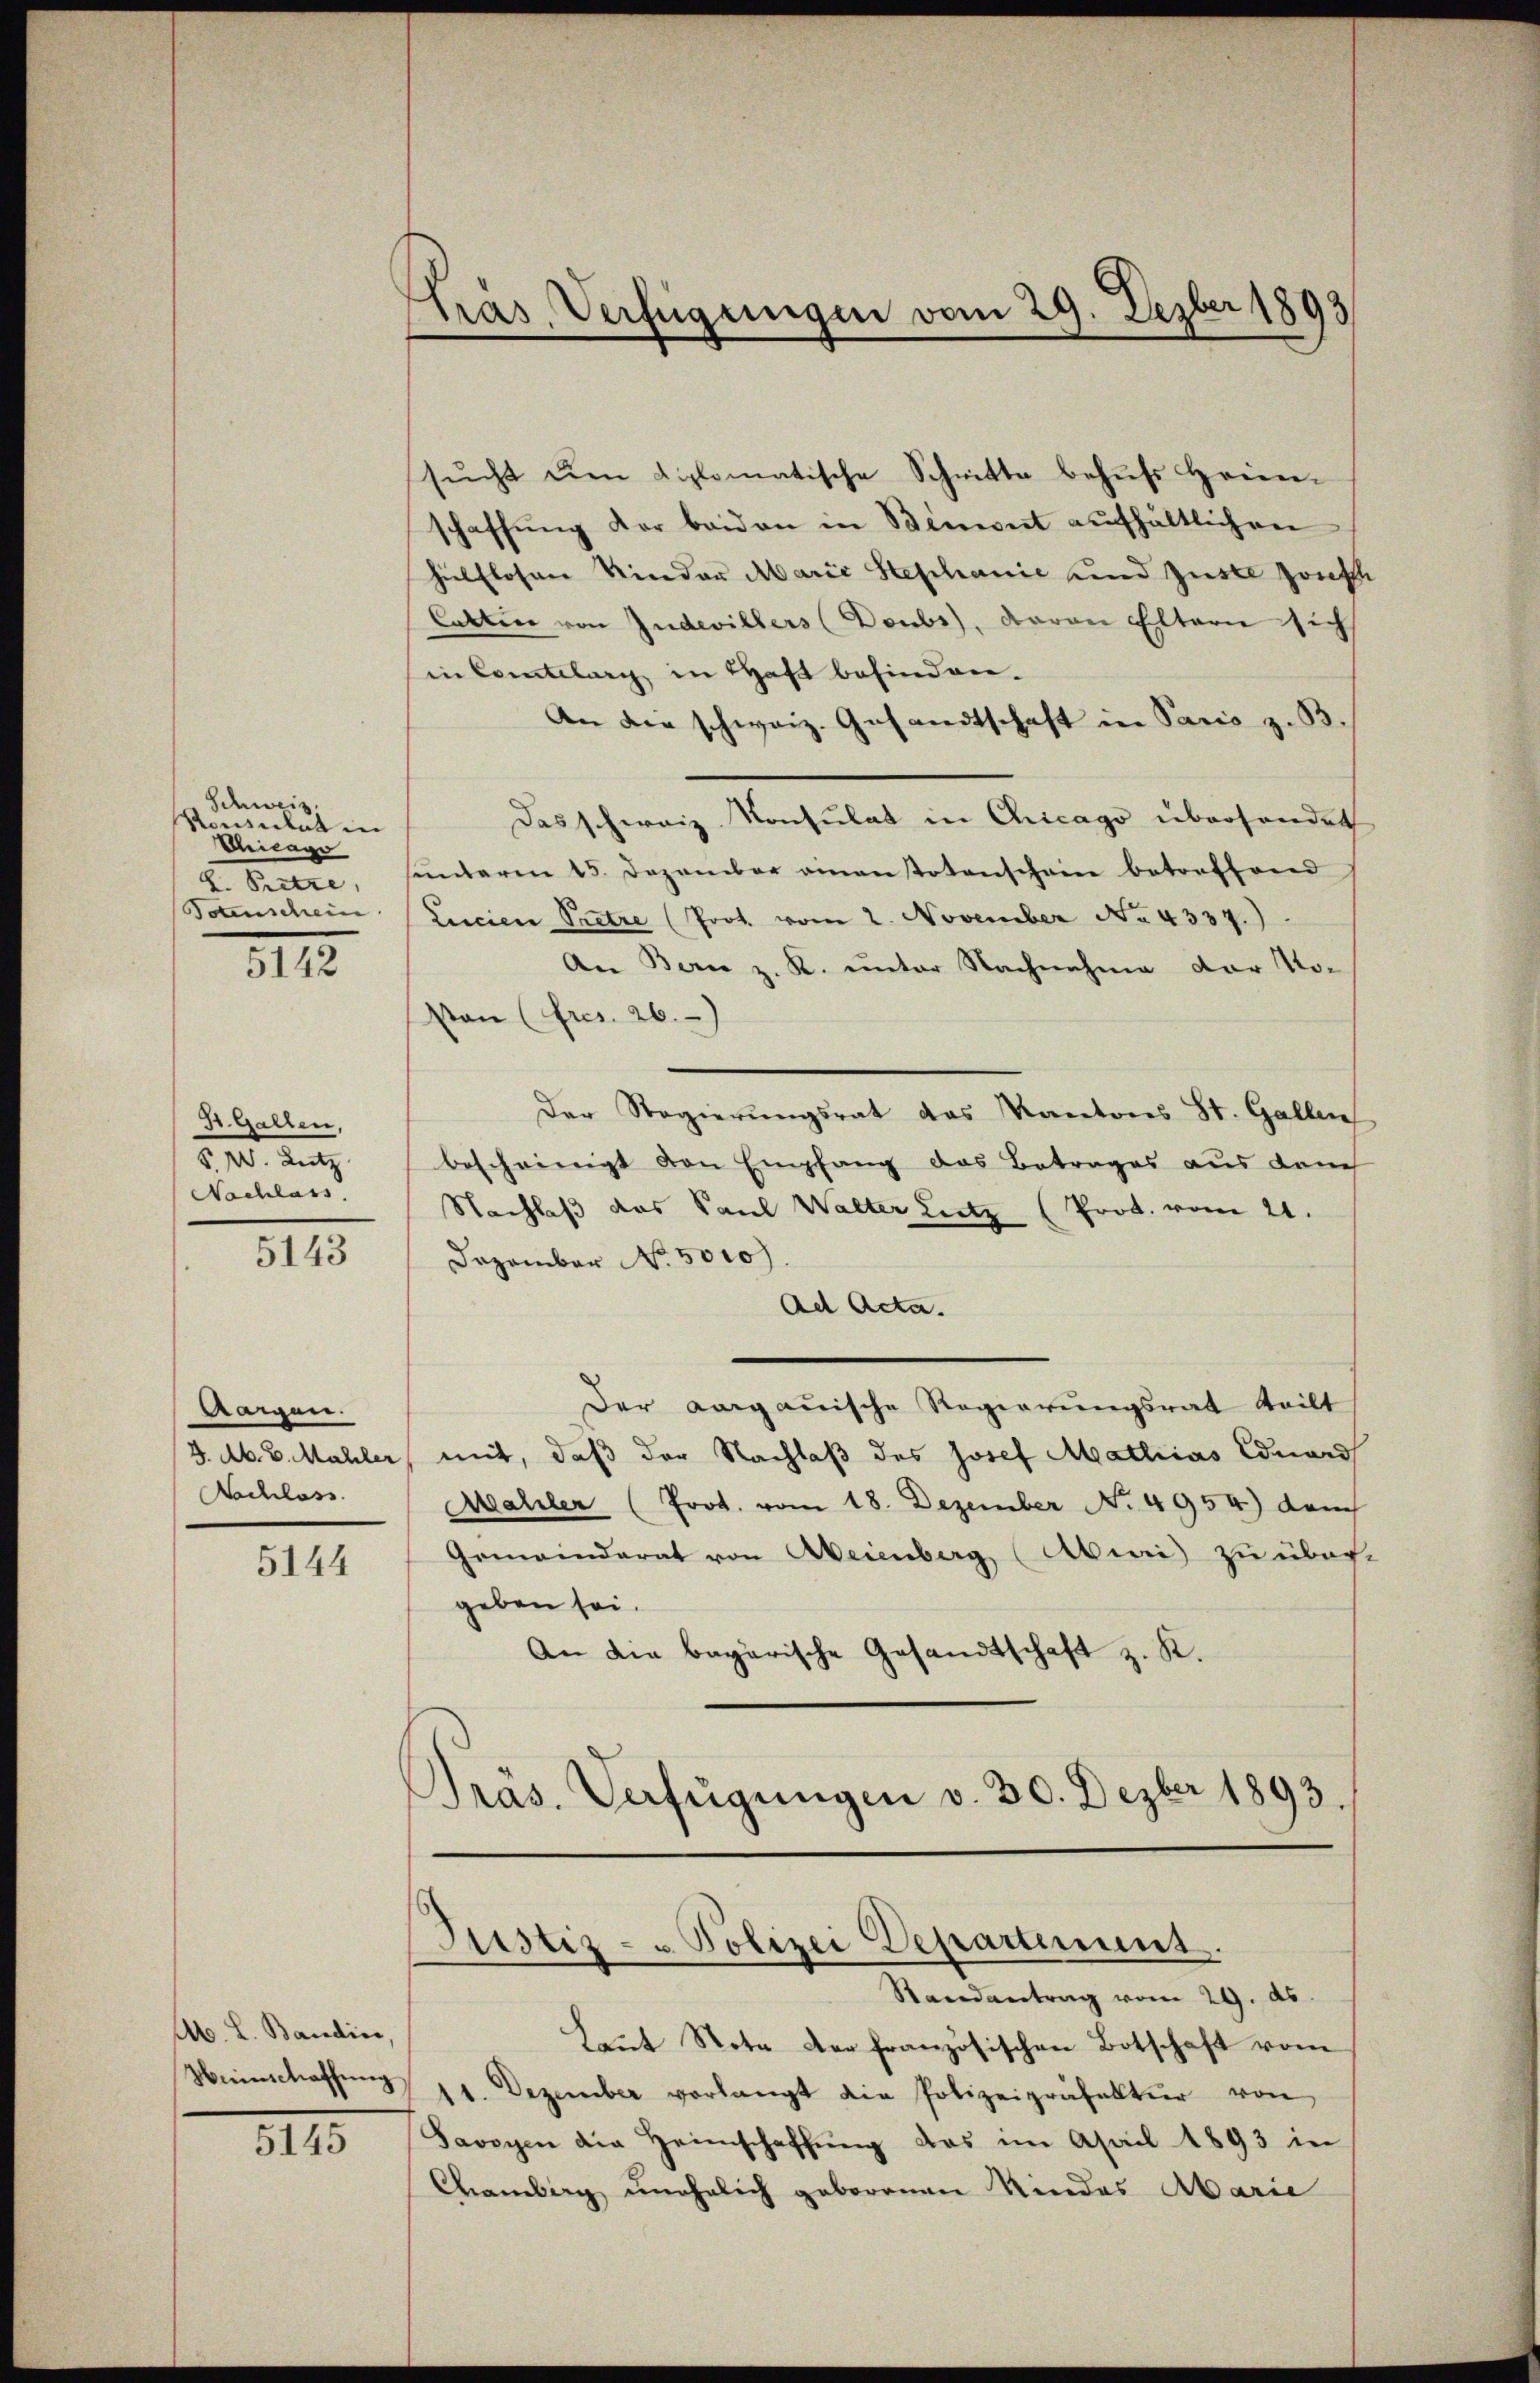
Schweiz
Konsulat in
Chicage
2. Seite,
Soanschein

5142

St. Gallen,
210. Antr
Nachlass

5143

Aaigen.
J. M. D. Mahler
Nachlass

5144

Ab. L. Bandin,
Weinschaffung

1115

träs Verfügungen vom 29. Dezber 1893

sŭcht de diplomatische Schnitte behŭfs Horen-
schaffŭng der beiden in Bement aufhältlichen
hilflosen Kinder Marie Stephanić und Zuste sonsth
Cattin von Judevillers (Doubs), Baron Eltern sich
in Comtelung in Haft befinden.
An die schweiz. Gesandtschaft in Paris z. B.
Das schweiz. Konsulat in Chicago übersendet
ŭnterm 15. Dezember amentotenscheine betreffend
Lucien Pretze (Prot. vom 2. November No. 4337.)
An Bern z. K. unter Nachnahme der No¬
Von (fres. 26.)
Der Regierungsrat das Kantons St. Gallen
bescheinigt den Empfang das Betrages aus durch
Nachlaß das Paul Walter Lutz (Prot. vom 21.
Dezember No. 5000
Ad Acta.
Der aargauische Regierungsrat teilt
mit, daß der Nachlaß des Josef Mathias Eduard
Mahler (Prot. vom 18. Dezember No. 4954) danch
Gemeinderat von Aeienberg, Abwei zu über-
geben sei.
An die bagarische Gesandtschaft z. K.
Pras. Verfügŭngen v. 30. Dezber 1893.

Justiz- & Polizei Departement.
Randantrag vom 29. ds.

Laut Stete der französischen Botschaft vom
Dezember verlangt die Polizeipräfektur von
Savoyen die Heimschaffung das im April 1893 in
Chamburg unehelich geborenen Kindes Abarie